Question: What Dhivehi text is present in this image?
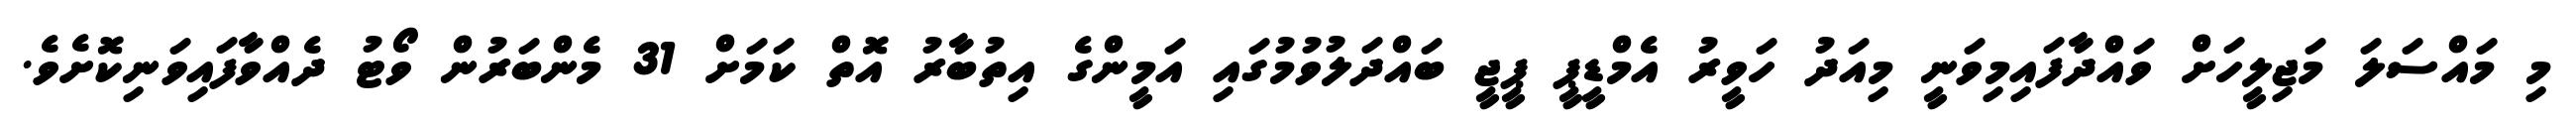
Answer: މި މައްސަލަ މަޖިލީހަށް ވައްދާފައިމިވަނީ މިއަދު ހަވީރު އެމްޑީޕީ ޕީޖީ ބައްދަލުވުމުގައި އަމީންގެ އިތުބާރު އޮތް ކަމަށް 31 މެންބަރުން ވޯޓު ދެއްވާފައިވަނިކޮށެވެ.